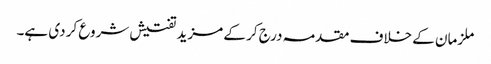
ملزمان کے خلاف مقدمہ درج کر کے مزید تفتیش شروع کر دی ہے۔